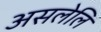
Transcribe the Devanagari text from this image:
असलेलि